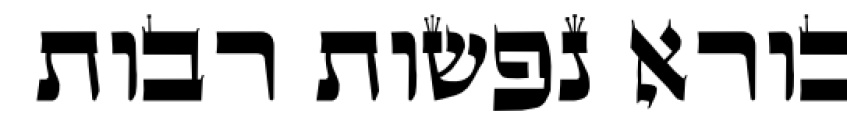
בורא נפשות רבות